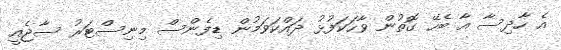
އެ ހާދިސާ އާ ބެހޭ ގޮތުން ވާހަކަފުޅު ދައްކަވަމުން ޑިފެންސް މިނިސްޓަރު ސާޖެއީ